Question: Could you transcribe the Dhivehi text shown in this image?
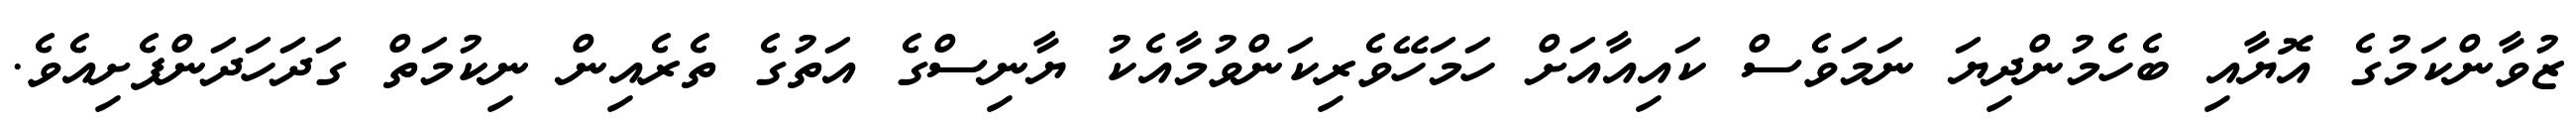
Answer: ޒުވާންކަމުގެ އޮޔާއި ބެހެމުންދިޔަ ނަމަވެސް ކައިއާއަށް ހަމަހޭވެރިކަންވުމާއެކު ޔާނިސްގެ އަތުގެ ތެރެއިން ނިކުމަތް ގަދަހަދަންފެށިއެވެ.